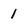
Character: 1